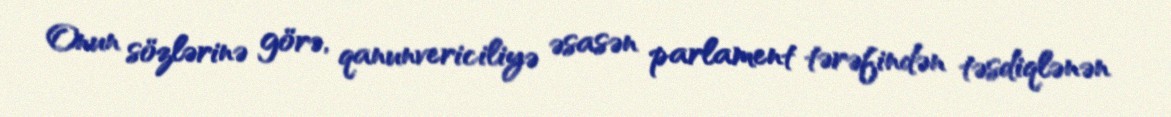
Onun sözlərinə görə, qanunvericiliyə əsasən parlament tərəfindən təsdiqlənən